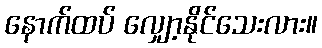
နောက်ထပ် လျှော့နိုင်သေးလား။